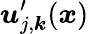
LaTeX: \boldsymbol{u}_{j,\boldsymbol{k}}^{\prime}(\boldsymbol{x})